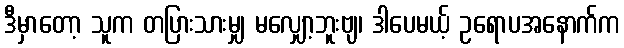
ဒီမှာတော့ သူက တပြားသားမျှ မလျှော့ဘူးဗျ၊ ဒါပေမယ့် ဥရောပအနောက်က